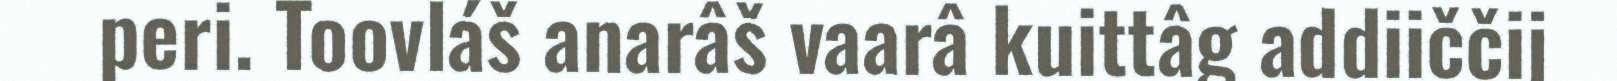
peri. Toovláš anarâš vaarâ kuittâg addiiččij